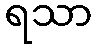
ရသာ